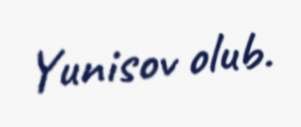
Yunisov olub.